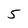
Character: 5